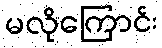
မလိုကြောင်း